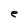
Character: e